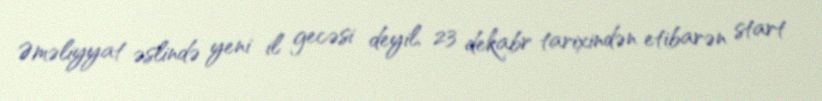
Əməliyyat əslində yeni il gecəsi deyil, 23 dekabr tarixindən etibarən start